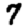
Digit: 7